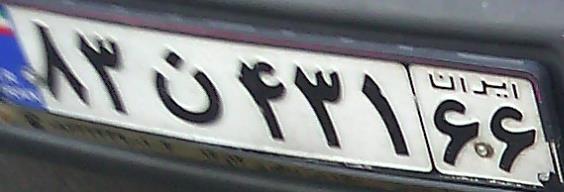
۸۳ن۴۳۱۶۶